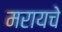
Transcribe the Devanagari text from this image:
मरायचे